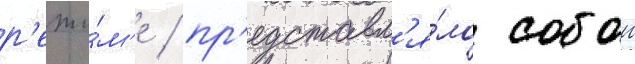
р'ежи́м'е / пр'едставл'я́ло собои